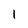
Character: 1